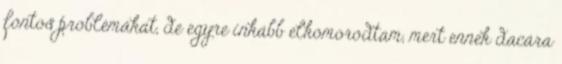
fontos problémákat, de egyre inkább elkomorodtam, mert ennek dacára